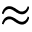
\approx